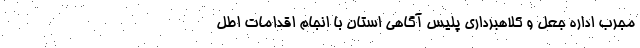
مجرب اداره جعل و کلاهبرداری پلیس آگاهی استان با انجام اقدامات اطل